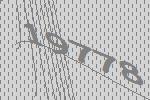
19778